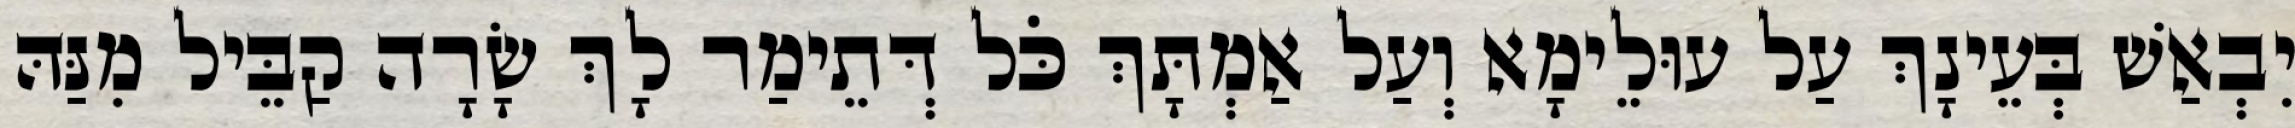
יִבְאַשׁ בְּעֵינָךְ עַל עוּלֵימָא וְעַל אַמְתָּךְ כֹּל דְּתֵימַר לָךְ שָׂרָה קַבֵּיל מִנַּהּ